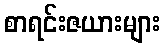
စာရင်းဇယားများ